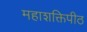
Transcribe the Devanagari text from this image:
महाशक्तिपीठ